Indian journal of veterinary science and animal husbandry - Volume 10,
Year: 1940
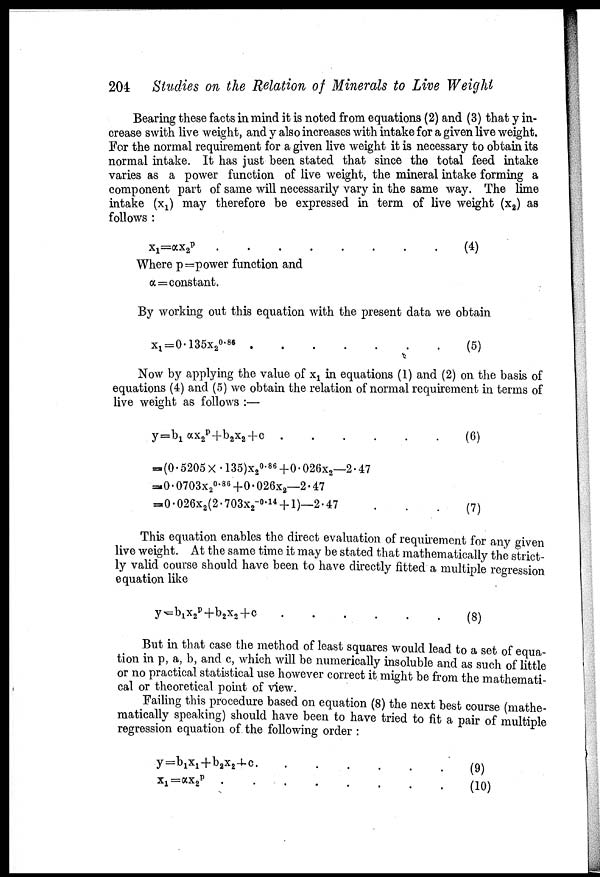
204 Studies on the Relation of Minerals to Live Weight
Bearing these facts in mind it is noted from equations (2) and (3) that y in
crease swith live weight, and y also increases with intake for a given live weight.
For the normal requirement for a given live weight it is necessary to obtain its
normal intake. It has just been stated that since the total feed intake
varies as a power function of live weight, the mineral intake forming a
component part of same will necessarily vary in the same way. The lime
intake (x 1 ) may therefore be expressed in term of live weight (x 2 ) as
follows :
x 1 =αx 2
p
(4)
Where p=power function and
α = constant.
By working out this equation with the present data we obtain
x l =0.135x 2
0.86
(5)
Now by applying the value of x 1 in equations (1) and (2) on the basis of
equations (4) and (5) we obtain the relation of normal requirement in terms of
live weight as follows :—
y=b 1
αx 2
p +b 2 x 2 +c
(6)
=(0.5205×.135)x 2
0.86 +0.026x 2 —2.47
=0.0703x 2°.
86 +0.026x 2 —2.47
=0.026x 2 (2.703x 2
-0.14 +1)—2.47
.
.
.
(7)
This equation enables the direct evaluation of requirement for any given
live weight. At the same time it may be stated that mathematically the strict-
ly valid course should have been to have directly fitted a multiple regression
equation like
y=b 1 x 2
p +b 2 x 2 +c
......
(8)
But in that case the method of least squares would lead to a set of equa-
tion in p, a, b, and c, which will be numerically insoluble and as such of little
or no practical statistical use however correct it might be from the mathemati-
cal or theoretical point of view.
Failing this procedure based on equation (8) the next best course (mathe-
matically speaking) should have been to have tried to fit a pair of multiple
regression equation of the following order :
y=b 1 x 1 +b 2 x 2 +c
(9)
x 1
= αx 2
p
..
(10)